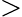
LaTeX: \textgreater